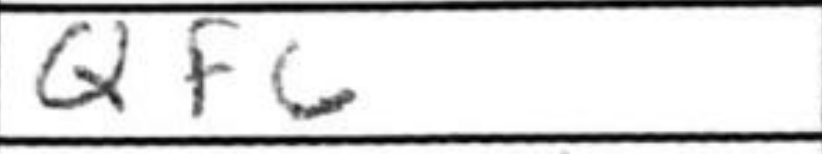
Transcription: Qf6